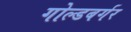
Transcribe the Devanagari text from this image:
गोल्डबर्गर